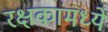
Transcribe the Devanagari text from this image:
रक्षकांमध्ये